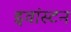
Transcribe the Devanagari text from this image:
इवांस्टन